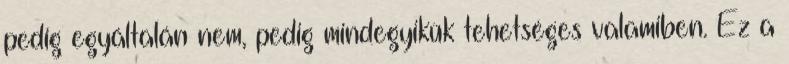
pedig egyáltalán nem, pedig mindegyikük tehetséges valamiben. Ez a